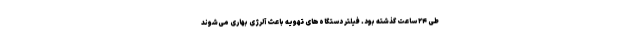
طی ۲۴ ساعت گذشته بود. فیلتر دستگاه‌های تهویه باعث آلرژی بهاری می‌شوند